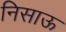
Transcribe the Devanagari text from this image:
निसाऊ